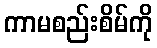
ကာမစည်းစိမ်ကို